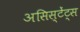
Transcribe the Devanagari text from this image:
असिस्टेंट्स